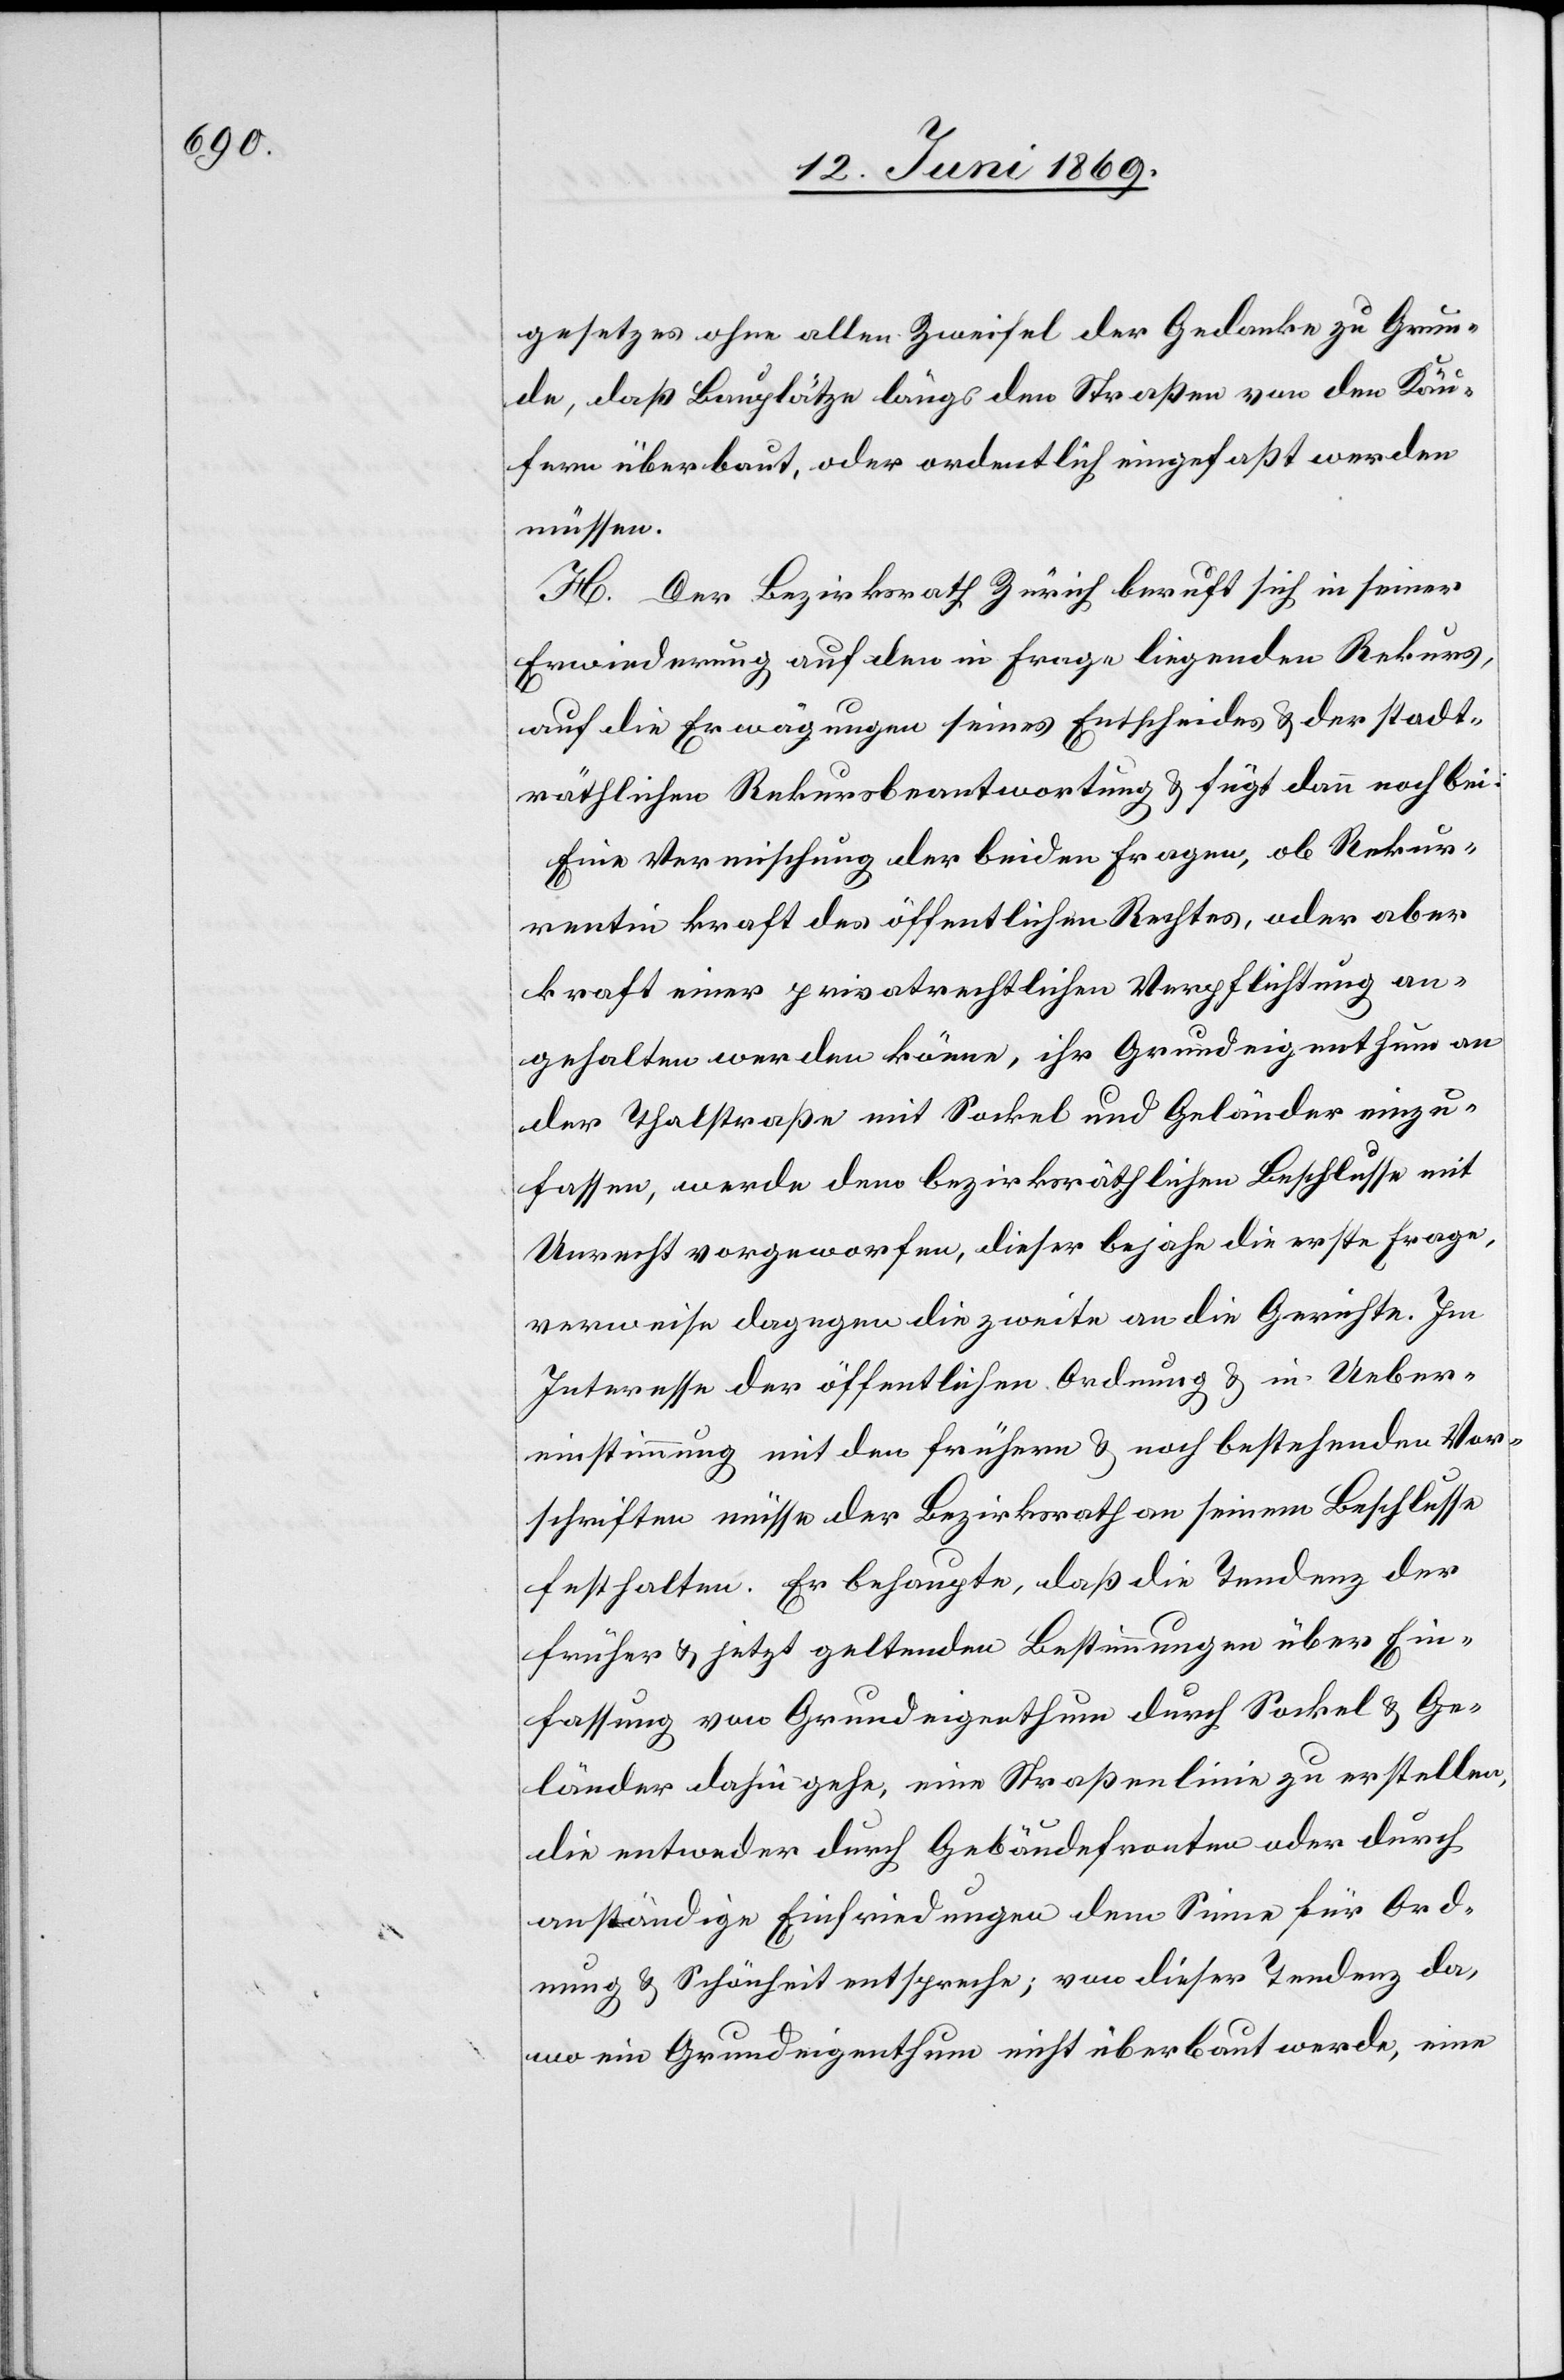
gesetzes ohne allen Zweifel der Gedanke zu Grun¬
de, daß Bauplätze längs den Straßen von den Käu¬
fern überbaut, oder ordentlich eingefaßt werden
müssen.
H. Der Bezirksrath Zürich beruft sich in seiner
Erwiederung auf den in Frage liegenden Rekurs,
auf die Erwägungen seines Entscheides u. der stadt¬
räthlichen Rekursbeantwortung u. fügt dann noch bei:
Eine Vermischung der beiden Fragen, ob Rekur¬
rentin kraft des öffentlichen Rechtes, oder aber
kraft einer privatrechtlichen Verpflichtung an¬
gehalten werden könne, ihr Grundeigenthum an
der Thalstraße mit Sockel und Geländer einzu¬
fassen, werde dem bezirksräthlichen Beschlusse mit
Unrecht vorgeworfen, dieser bejahe die erste Frage,
verweise dagegen die zweite an die Gerichte. Im
Interesse der öffentlichen Ordnung u. in Ueber¬
einstimmung mit den frühern u. noch bestehenden Vor¬
schriften müsse der Bezirksrath an seinem Beschlusse
festhalten. Er behaupte, daß die Tendenz der
früher u. jetzt geltenden Bestimmungen über Ein¬
fassung von Grundeigenthum durch Sockel u. Ge¬
länder dahin gehe, eine Straßenlinie zu erstellen,
die entweder durch Gebäudefronten oder durch
anständige Einfriedungen dem Sinne für Ord¬
nung u. Schönheit entspreche; von dieser Tendenz da,
wo ein Grundeigenthum nicht überbaut werde, eine